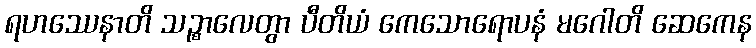
ရဟဿေနာတိ သဉ္စာလေတွာ ပီတိယံ ကေသောရောပနံ မဂေါတိ ဆေကေန